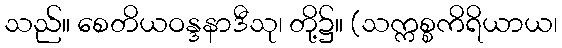
သည်။ စေတိယဝန္ဒနာဒီသု၊ တို့၌။ (သက္ကစ္စကိရိယာယ၊